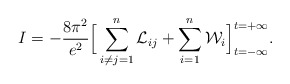
\begin{align*}I = -\frac{8\pi^2}{e^2} \Big[ \sum_{i\neq j=1}^n {\cal L}_{ij} + \sum_{i=1}^n{\cal W}_i\Big]_{t = -\infty}^{t = +\infty}.\end{align*}